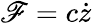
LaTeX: \mathscr{F}=c\dot{z}